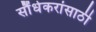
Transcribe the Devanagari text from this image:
सौंधेकरांसाठी